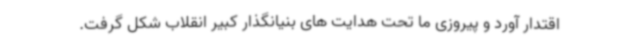
اقتدار آورد و پیروزی ما تحت هدایت های بنیانگذار کبیر انقلاب شکل گرفت.